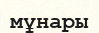
мұнары